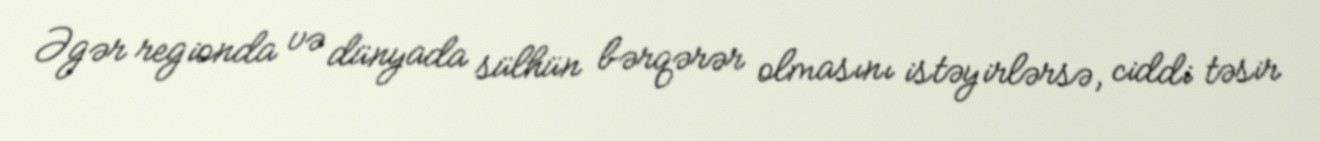
Əgər regionda və dünyada sülhün bərqərər olmasını istəyirlərsə, ciddi təsir